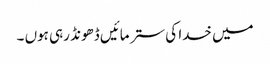
میں خدا کی ستر مائیں ڈھونڈ رہی ہوں ۔